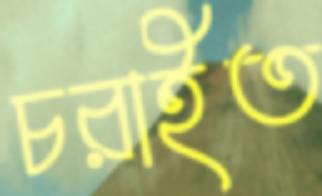
চরাইত